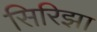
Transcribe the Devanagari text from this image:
सिरिझा